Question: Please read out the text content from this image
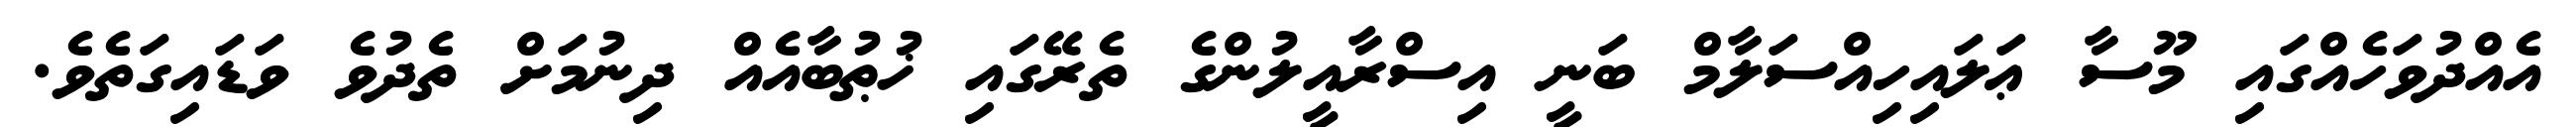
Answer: އެއްދުވަހެއްގައި މޫސާ ޢަލައިހިއްސަލާމް ބަނީ އިސްރާއީލުންގެ ތެރޭގައި ޚުޠުބާއެއް ދިނުމަށް ތެދުވެ ވަޑައިގަތެވެ.